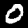
Label: 0